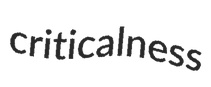
criticalness